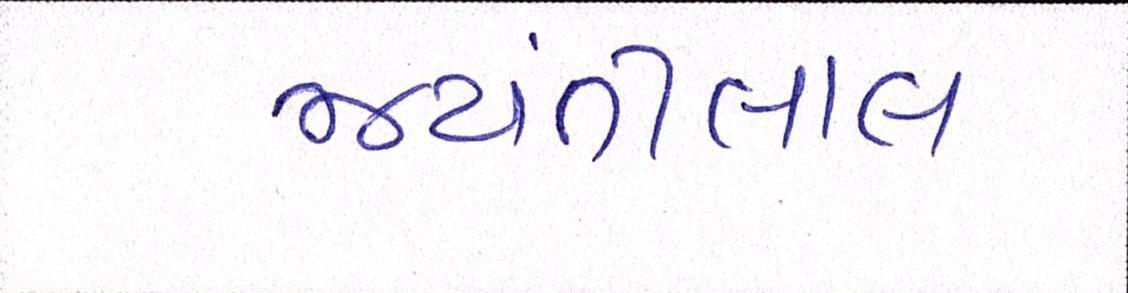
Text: જયંતીલાલ